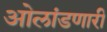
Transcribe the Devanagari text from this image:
ओलांडणारी